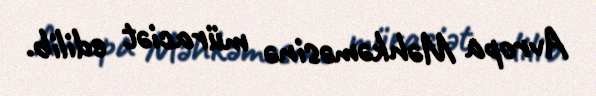
Avropa Məhkəməsinə müraciət edilib.